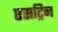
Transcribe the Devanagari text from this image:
एसट्रिन